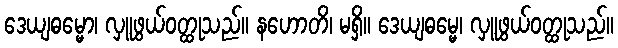
ဒေယျဓမ္မော၊ လှူဖွယ်ဝတ္ထုသည်။ နဟောတိ၊ မရှိ။ ဒေယျဓမ္မေ၊ လှူဖွယ်ဝတ္ထုသည်။